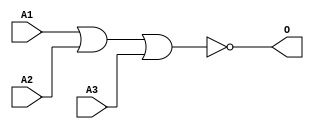
module JNOR3D(A1, A2, A3, O);
input   A1;
input   A2;
input   A3;
output  O;
nor g0(O, A1, A2, A3);
endmodule